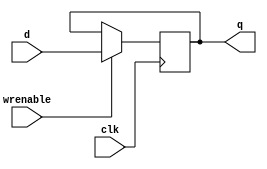
// Mostly copied from prior work
module register(q, d, wrenable, clk);
parameter width = 8;
input[width-1:0] d;
input wrenable;
input clk;
output reg [width-1:0] q;

always @(posedge clk) begin
  if(wrenable) begin
    q <= d;
    end
end
endmodule

module register_breakable(q, d, wrenable, clk, faultactive);
parameter width = 8;
input[width-1:0] d;
input wrenable;
input clk;
input faultactive;
output reg [width-1:0] q;

always @(posedge clk) begin
  if(wrenable) begin
    q <= d;
    end
end
endmodule